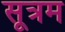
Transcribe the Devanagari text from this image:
सूत्रम